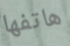
هاتفها